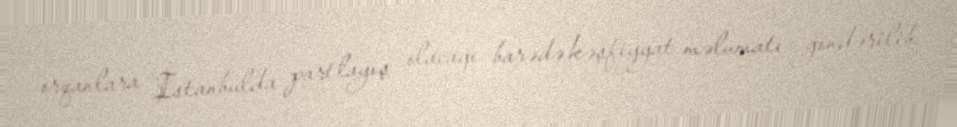
orqanlara İstanbulda partlayış olacağı barədə kəşfiyyat məlumatı göndərilib.